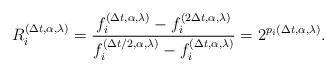
LaTeX: \begin{align*}R_i^{\left( {\Delta t,\alpha ,\lambda } \right)} = \frac{{f_i^{\left( {\Delta t,\alpha ,\lambda } \right)} - f_i^{\left( {2\Delta t,\alpha ,\lambda } \right)}}}{{f_i^{\left( {\Delta t/2,\alpha ,\lambda } \right)} - f_i^{\left( {\Delta t,\alpha ,\lambda } \right)}}} = {2^{p_i\left( {\Delta t,\alpha ,\lambda } \right)}} .\end{align*}